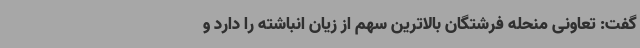
گفت: تعاونی منحله فرشتگان بالاترین سهم از زیان انباشته را دارد و